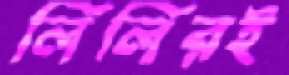
লিলিরই